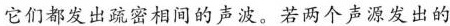
它们都发出疏密相间的声波。若两个声源发出的